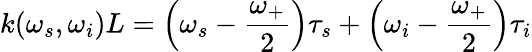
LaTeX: k(\omega_{s},\omega_{i})L=\left(\omega_{s}-\frac{\omega_{+}}{2}\right)\tau_{s}+\left(\omega_{i}-\frac{\omega_{+}}{2}\right)\tau_{i}